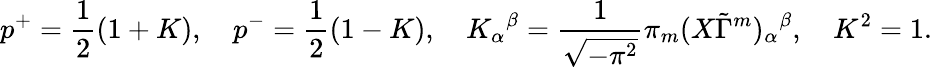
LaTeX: p^{+}=\frac{1}{2}(1+K),\quad p^{-}=\frac{1}{2}(1-K),\quad{K_{\alpha}}^{\beta}=\frac{1}{\sqrt{-\pi^{2}}}\pi_{m}(X\tilde{\Gamma}^{m})_{\alpha}{}^{\beta},\quad K^{2}=1.